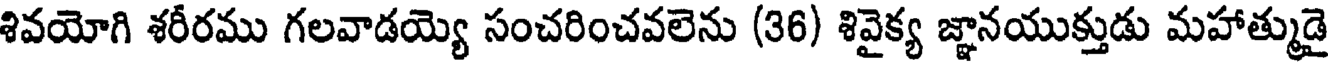
శివయోగి శరీరము గలవాడయ్యె సంచరించవలెను (36) శివైక్య జ్ఞానయుక్తుడు మహాత్ముడై